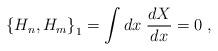
LaTeX: \begin{align*}\left\{H_{n},H_{m}\right\}_{1} = \int dx\;\frac{dX}{dx} = 0\;,\end{align*}